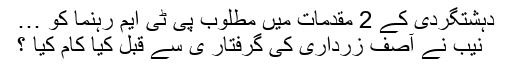
دہشتگردی کے 2 مقدمات میں مطلوب پی ٹی ایم رہنما کو …
نیب نے آصف زرداری کی گرفتار ی سے قبل کیا کام کیا ؟